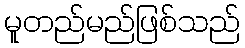
မူတည်မည်ဖြစ်သည်